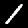
Digit: 1